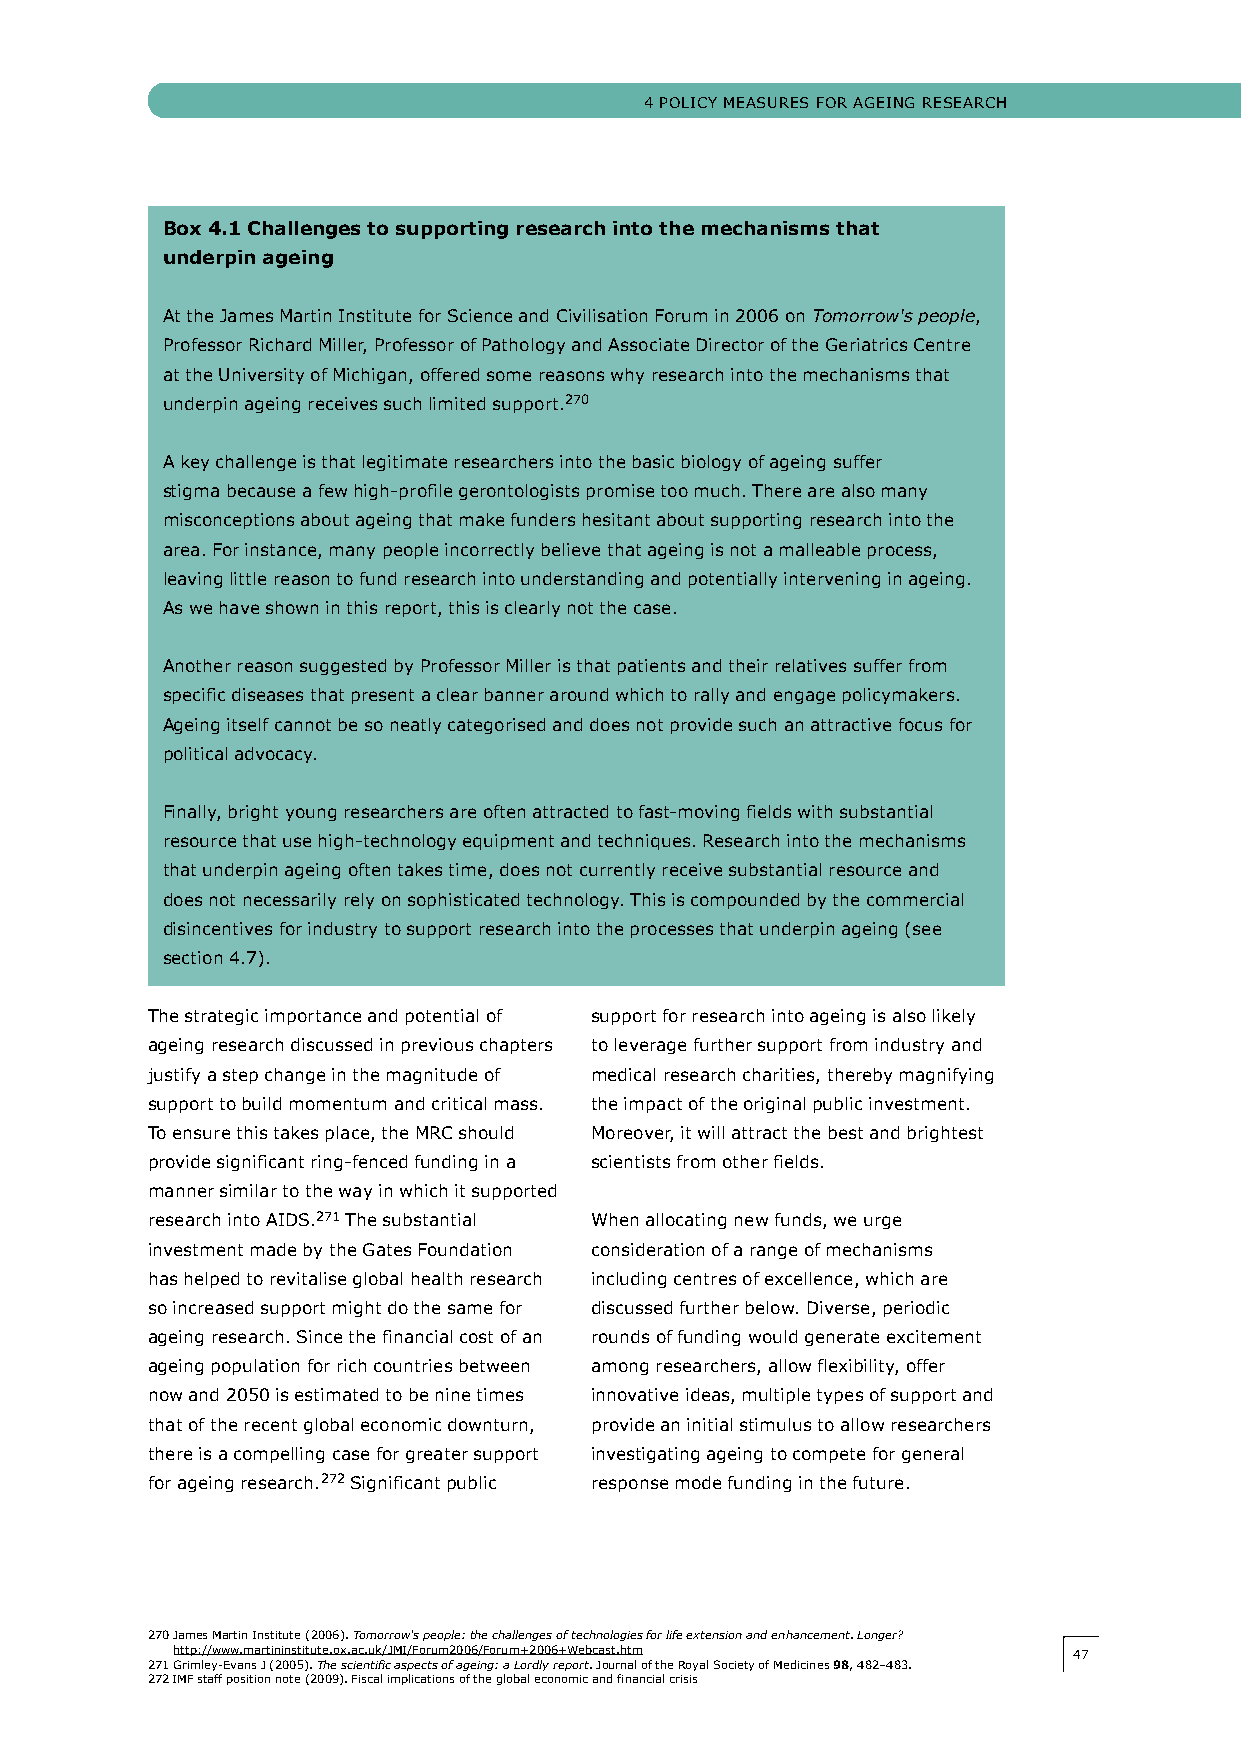
4 POLIcy MeASUReS FOR AgeINg ReSeARch
 Box 4.1 Challenges to supporting research into the mechanisms that
 underpin ageing
 At the james Martin Institute for Science and civilisation Forum in 2006 on Tomorrow's people,
 Professor Richard Miller, Professor of Pathology and Associate Director of the geriatrics centre
 at the University of Michigan, offered some reasons why research into the mechanisms that
 underpin ageing receives such limited support.270
 A key challenge is that legitimate researchers into the basic biology of ageing suffer
 stigma because a few high-profile gerontologists promise too much. There are also many
 misconceptions about ageing that make funders hesitant about supporting research into the
 area. For instance, many people incorrectly believe that ageing is not a malleable process,
 leaving little reason to fund research into understanding and potentially intervening in ageing.
 As we have shown in this report, this is clearly not the case.
 Another reason suggested by Professor Miller is that patients and their relatives suffer from
 specific diseases that present a clear banner around which to rally and engage policymakers.
 Ageing itself cannot be so neatly categorised and does not provide such an attractive focus for
 political advocacy.
 Finally, bright young researchers are often attracted to fast-moving fields with substantial
 resource that use high-technology equipment and techniques. Research into the mechanisms
 that underpin ageing often takes time, does not currently receive substantial resource and
 does not necessarily rely on sophisticated technology. This is compounded by the commercial
 disincentives for industry to support research into the processes that underpin ageing (see
 section 4.7).
 The strategic importance and potential of support for research into ageing is also likely
 ageing research discussed in previous chapters to leverage further support from industry and
 justify a step change in the magnitude of medical research charities, thereby magnifying
 support to build momentum and critical mass. the impact of the original public investment.
 To ensure this takes place, the MRc should Moreover, it will attract the best and brightest
 provide significant ring-fenced funding in a scientists from other fields.
 manner similar to the way in which it supported
 research into AIDS.271 The substantial When allocating new funds, we urge
 investment made by the gates Foundation consideration of a range of mechanisms
 has helped to revitalise global health research including centres of excellence, which are
 so increased support might do the same for discussed further below. Diverse, periodic
 ageing research. Since the financial cost of an rounds of funding would generate excitement
 ageing population for rich countries between among researchers, allow flexibility, offer
 now and 2050 is estimated to be nine times innovative ideas, multiple types of support and
 that of the recent global economic downturn, provide an initial stimulus to allow researchers
 there is a compelling case for greater support investigating ageing to compete for general
 for ageing research.272 Significant public response mode funding in the future.
 270 james Martin Institute (2006). Tomorrow's people: the challenges of technologies for life extension and enhancement. Longer?
 http://www.martininstitute.ox.ac.uk/jMI/Forum2006/Forum+2006+Webcast.htm 4477
 271 grimley-evans j (2005). The scientific aspects of ageing: a Lordly report. journal of the Royal Society of Medicines 98, 482–483.
 272 IMF staff position note (2009). Fiscal implications of the global economic and financial crisis